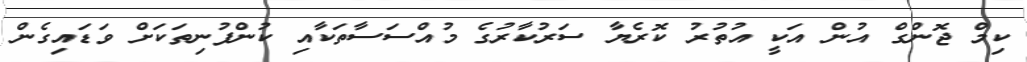
ކިމް ޖޮންގް އުން އަކީ އުތުރު ކޮރެޔާ ސަރުކާރުގެ މުއްސަސާތަކާއި ކުންފުނިތަކަށް ވަޑައިގެން